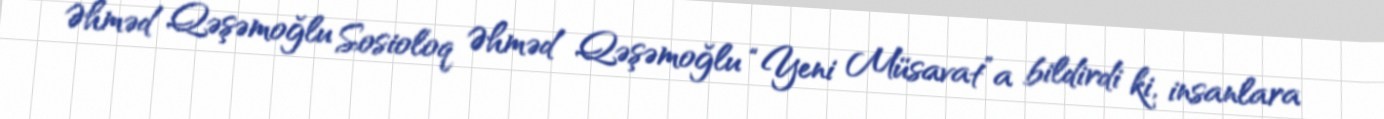
Əhməd Qəşəmoğlu Sosioloq Əhməd Qəşəmoğlu “Yeni Müsavat”a bildirdi ki, insanlara